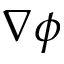
\nabla \phi